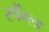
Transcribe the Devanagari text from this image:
स्पैंग्ल्ड